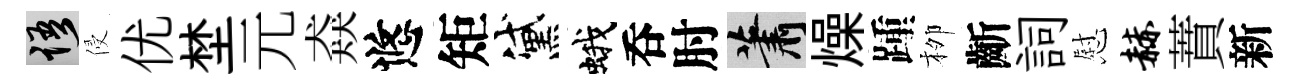
語侵优埜元猋悠矩黛蛾呑肘蕭燥踵栁齗詞慰赫蕡新